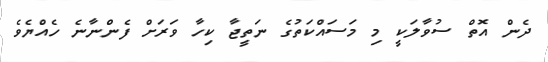
ދެން އޮތް ސުވާލަކީ މި މަސައްކަތުގެ ނަތީޖާ ކިހާ ވަރަށް ފެންނާނެ ހެއްޔެވެ